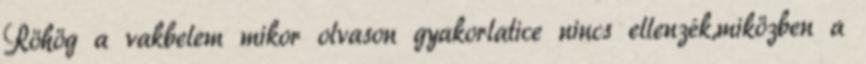
Röhög a vakbelem mikor olvason gyakorlatice nincs ellenzék,miközben a